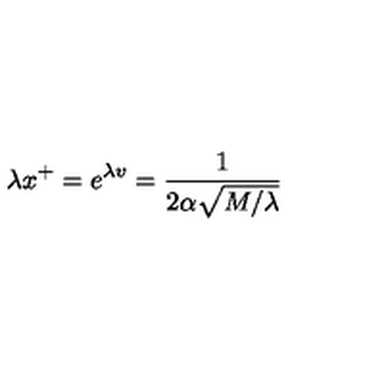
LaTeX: \lambda x ^ { + } = e ^ { \lambda v } = \frac { 1 } { 2 \alpha \sqrt { M / \lambda } }